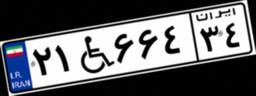
۲۱W۶۶۴۳۴